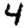
Digit: 4